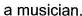
a musician.